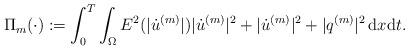
LaTeX: \begin{align*}\Pi_m(\cdot) := \int_0^T \int_{\Omega} E^2(|\dot{u}^{(m)}|)|\dot{u}^{(m)}|^2 + |\dot{u}^{(m)}|^2 +|q^{(m)}|^2 \, \mathrm{d}x \mathrm{d}t. \end{align*}